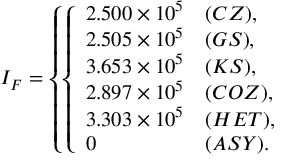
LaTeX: I _ { F } = \left\{ \left\{ \begin{array} { l l } { { 2 . 5 0 0 \times 1 0 ^ { 5 } } } & { { ( C Z ) , } } \\ { { 2 . 5 0 5 \times 1 0 ^ { 5 } } } & { { ( G S ) , } } \\ { { 3 . 6 5 3 \times 1 0 ^ { 5 } } } & { { ( K S ) , } } \\ { { 2 . 8 9 7 \times 1 0 ^ { 5 } } } & { { ( C O Z ) , } } \\ { { 3 . 3 0 3 \times 1 0 ^ { 5 } } } & { { ( H E T ) , } } \\ { { 0 } } & { { ( A S Y ) . } } \end{array} \right. \right.